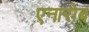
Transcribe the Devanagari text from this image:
एनारोब